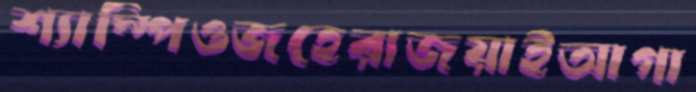
শ্যাম্পিওজহেরাজয়াইআগা